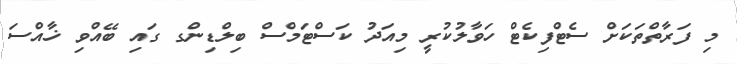
މި ފަރާތްތަކަށް ސެޓްފިކެޓް ހަވާލުކުރީ މިއަދު ކަސްޓަމްސް ބިލްޑިންގ ގައި ބޭއްވި ޚާއްސަ